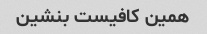
همین کافیست بنشین